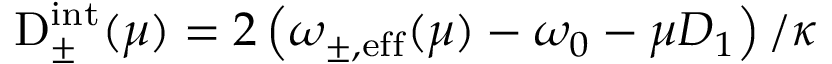
\begin{array} { r } { \mathrm { D } _ { \pm } ^ { \mathrm { i n t } } ( \mu ) = 2 \left( \omega _ { \mathrm { \pm , e f f } } ( \mu ) - \omega _ { 0 } - \mu D _ { 1 } \right) / \kappa } \end{array}